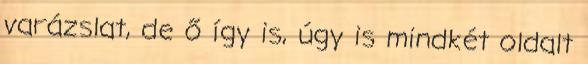
varázslat, de ő így is, úgy is mindkét oldalt